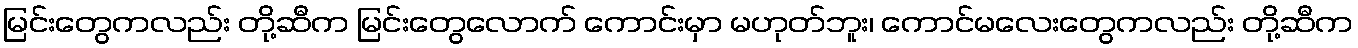
မြင်းတွေကလည်း တို့ဆီက မြင်းတွေလောက် ကောင်းမှာ မဟုတ်ဘူး၊ ကောင်မလေးတွေကလည်း တို့ဆီက